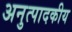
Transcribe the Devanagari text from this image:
अनुत्पादकीय